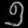
Digit: ၅